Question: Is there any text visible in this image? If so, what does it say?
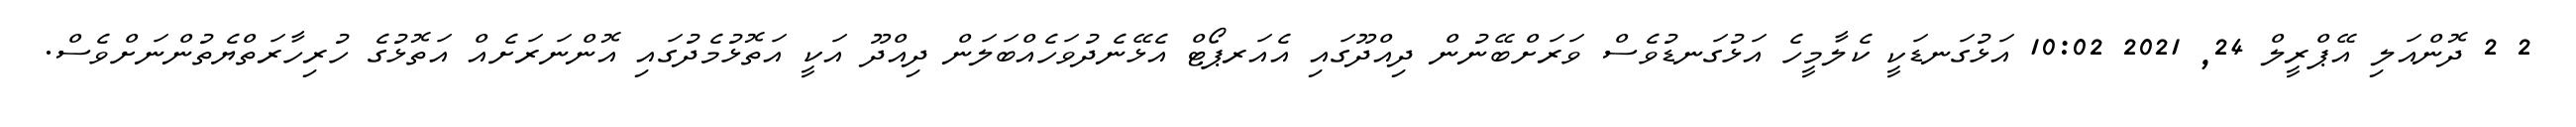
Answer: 2 2 ދޮންއަލި އޭޕްރީލް 24, 2021 10:02 އަޅުގަނޑަކީ ކެލާމީހެ އަޅުގަނޑުވެސް ވަރަށްބޭނުން ދިއްދޫގައި އެއަރޕޯޓް އެޅޭނެދުވަހެއްބަލަން ދިއްދޫ އަކީ އަތޮޅުމެދުގައި އޮންނަރަށެއް އަތޮޅުގެ ހުރިހާރަތްޔެތުންނަށްވެސް.